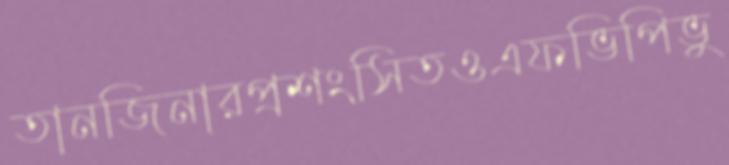
তানজিনারপ্রশংসিতওএফভিপিভু